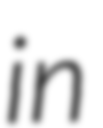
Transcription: in